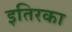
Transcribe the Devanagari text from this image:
इतिरका